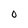
Character: 0